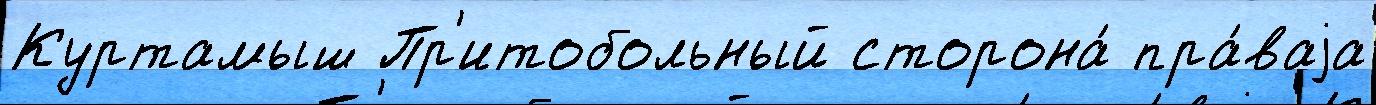
Куртамыш Пр'итобольный сторона́ пра́ваjа